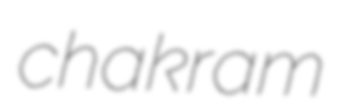
chakram